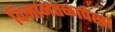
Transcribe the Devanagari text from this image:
विमानतळापेक्षा